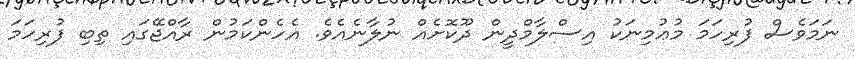
ނަމަވެސް ފުރިހަމަ މުޢުމިނަކު އިސްލާމްދީން ދޫކޮށެއް ނުލާނެއެވެ. އެހެންކަމުން ރާއްޖޭގައި ތިބި ފުރިހަމަ